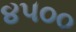
૪૫૦૦